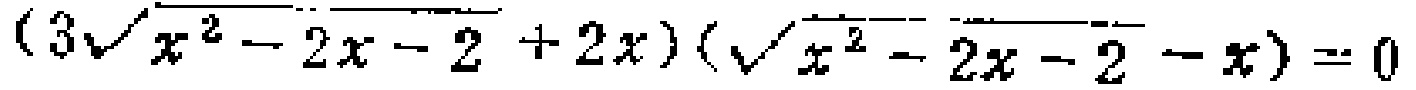
\((3\sqrt{x^{2}-2x - 2}+2x)(\sqrt{x^{2}-2x - 2}-x)=0\)